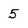
Character: 5